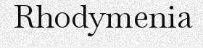
Rhodymenia